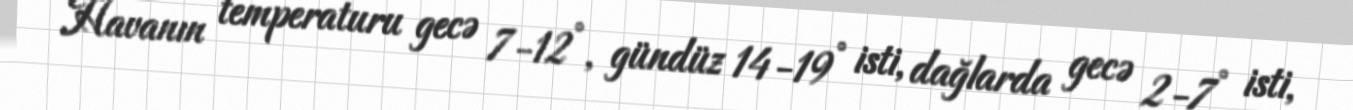
Havanın temperaturu gecə 7-12°, gündüz 14-19° isti, dağlarda gecə 2-7° isti,